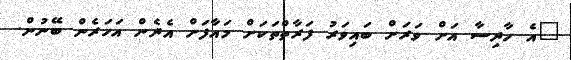
"އެ ހާދިސާ އަށް ވަރަށް ބައިވަރު ފަރާތްތަކަށް މައާފަށް އެދެން އަހަރެން ބޭނުން.